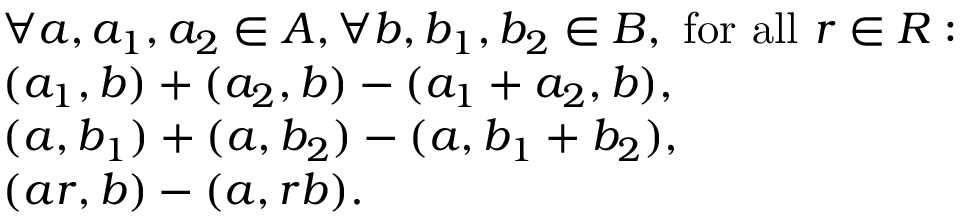
{ \begin{array} { r l } & { \forall a , a _ { 1 } , a _ { 2 } \in A , \forall b , b _ { 1 } , b _ { 2 } \in B , { \mathrm { ~ f o r ~ a l l ~ } } r \in R : } \\ & { ( a _ { 1 } , b ) + ( a _ { 2 } , b ) - ( a _ { 1 } + a _ { 2 } , b ) , } \\ & { ( a , b _ { 1 } ) + ( a , b _ { 2 } ) - ( a , b _ { 1 } + b _ { 2 } ) , } \\ & { ( a r , b ) - ( a , r b ) . } \end{array} }